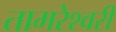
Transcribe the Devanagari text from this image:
तामरेश्वरी